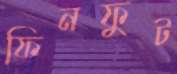
ফিনফুট